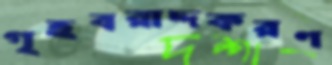
গৃহবরাদ্দকরণ